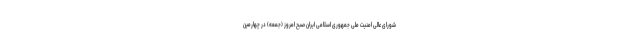
شورای عالی امنیت ملی جمهوری اسلامی ایران صبح امروز (جمعه) در چهارمین